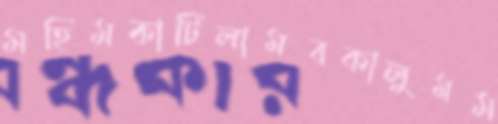
মহিমকাটিলামবকালুমম